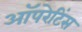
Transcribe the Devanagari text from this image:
ऑपरेटिंस